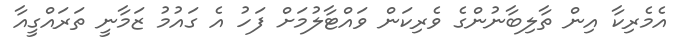
އެމެރިކާ އިން ތާލިބާނުންގެ ވެރިކަން ވައްޓާލުމަށް ފަހު އެ ގައުމު ޒަމާނީ ތަރައްގީއާ